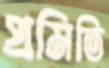
প্রমিতি